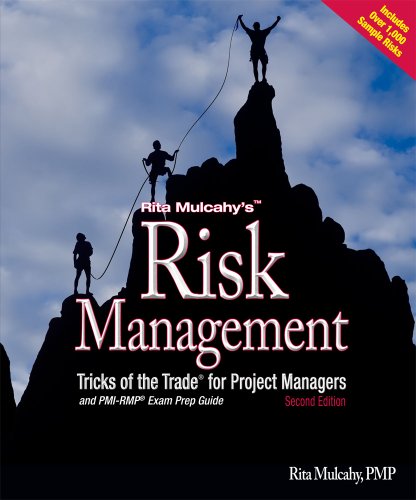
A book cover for Risk Management Tricks of the Trade for Project Managers + PMI-RMP Exam Prep Guide; Rita Mulcahy; Business & Money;